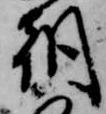
朝